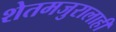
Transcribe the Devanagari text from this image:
शेतमजुरालाही